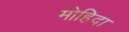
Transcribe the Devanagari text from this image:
मोहिदा